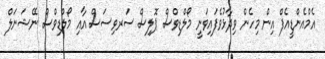
އެމްއެންޑީއެފް އިން މިހެން ވިދާޅުވެފައިވަނީ މޯލްޑިވްސް ޕޮލިސް ސަރވިސަސް އާއި މޯލްޑިވްސް ނޭޝަނަލް